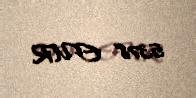
5378 EUR